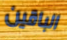
الباقين